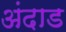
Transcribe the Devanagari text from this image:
अंदाड